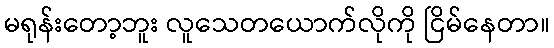
မရုန်းတော့ဘူး လူသေတယောက်လိုကို ငြိမ်နေတာ။